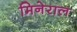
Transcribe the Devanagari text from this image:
मिनेराल